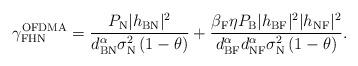
LaTeX: \begin{align*}\gamma_{\textrm{FHN}}^{\textrm{OFDMA}}=\frac{P_\textrm{N}{|h_{\textrm{BN}}|^2} }{{d_{\textrm{BN}}^{\alpha} \sigma_{\textrm{N}}^2} \left( 1-\theta\right) }+\frac{\beta_{\textrm{F}} \eta P_\textrm{B} |h_{\textrm{BF}}|^2 |h_{\textrm{NF}}|^2}{d_{\textrm{BF}}^{\alpha} d_{\textrm{NF}}^{\alpha} \sigma_{\textrm{N}}^2 \left( 1-\theta\right) }.\end{align*}